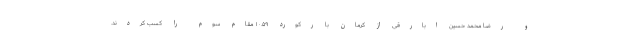
و رضا محمد حسین ابارقی از کرمان با رکورد ۱۰.۵۹ مقام سوم را کسب کردند.